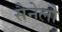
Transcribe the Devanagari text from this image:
सैनेलो